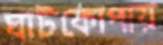
ঘাটকোপায়